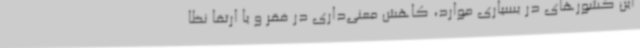
این کشورهای در بسیاری موارد، کاهش معنی‌داری در فقر و یا ارتقا نظا